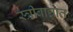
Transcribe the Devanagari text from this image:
स्त्रीवाद्यात